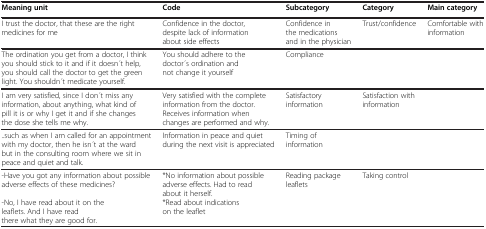
| Meaning unit | Code | Subcategory | Category | Main category |
 | --- | --- | --- | --- | --- |
 | I trust the doctor, that these are the right medicines for me | Confidence in the doctor, despite lack of information about side effects | Confidence in the medications and in the physician | Trust/confidence | Comfortable with information |
 | The ordination you get from a doctor, I think you should stick to it and if it doesn ́t help, you should call the doctor to get the green light. You shouldn ́t medicate yourself. | You should adhere to the doctor ́s ordination and not change it yourself | Compliance |  |  |
 | I am very satisfied, since I don ́t miss any information, about anything, what kind of pill it is or why I get it and if she changes the dose she tells me why. | Very satisfied with the complete information from the doctor. Receives information when changes are performed and why. | Satisfactory information | Satisfaction with information |  |
 | .such as when I am called for an appointment with my doctor, then he isn ́t at the ward but in the consulting room where we sit in peace and quiet and talk. | Information in peace and quiet during the next visit is appreciated | Timing of information |  |  |
 | -Have you got any information about possible adverse effects of these medicines? | *No information about possible adverse effects. Had to read about it herself. | Reading package leaflets | Taking control |  |
 | -No, I have read about it on the leaflets. And I have read there what they are good for. | *Read about indications on the leaflet |  |  |  |